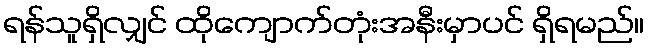
ရန်သူရှိလျှင် ထိုကျောက်တုံးအနီးမှာပင် ရှိရမည်။